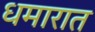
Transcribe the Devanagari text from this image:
धमारात